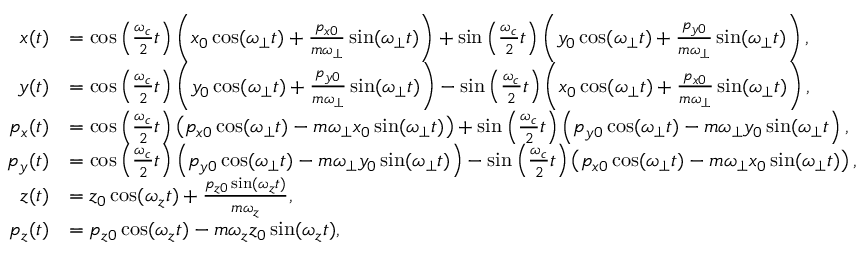
\begin{array} { r l } { x ( t ) } & { = \cos \left( \frac { \omega _ { c } } { 2 } t \right) \left( x _ { 0 } \cos ( \omega _ { \perp } t ) + \frac { p _ { x 0 } } { m \omega _ { \perp } } \sin ( \omega _ { \perp } t ) \right) + \sin \left( \frac { \omega _ { c } } { 2 } t \right) \left( y _ { 0 } \cos ( \omega _ { \perp } t ) + \frac { p _ { y 0 } } { m \omega _ { \perp } } \sin ( \omega _ { \perp } t ) \right) , } \\ { y ( t ) } & { = \cos \left( \frac { \omega _ { c } } { 2 } t \right) \left( y _ { 0 } \cos ( \omega _ { \perp } t ) + \frac { p _ { y 0 } } { m \omega _ { \perp } } \sin ( \omega _ { \perp } t ) \right) - \sin \left( \frac { \omega _ { c } } { 2 } t \right) \left( x _ { 0 } \cos ( \omega _ { \perp } t ) + \frac { p _ { x 0 } } { m \omega _ { \perp } } \sin ( \omega _ { \perp } t ) \right) , } \\ { p _ { x } ( t ) } & { = \cos \left( \frac { \omega _ { c } } { 2 } t \right) \left( p _ { x 0 } \cos ( \omega _ { \perp } t ) - m \omega _ { \perp } x _ { 0 } \sin ( \omega _ { \perp } t ) \right) + \sin \left( \frac { \omega _ { c } } { 2 } t \right) \left( p _ { y 0 } \cos ( \omega _ { \perp } t ) - m \omega _ { \perp } y _ { 0 } \sin ( \omega _ { \perp } t \right) , } \\ { p _ { y } ( t ) } & { = \cos \left( \frac { \omega _ { c } } { 2 } t \right) \left( p _ { y 0 } \cos ( \omega _ { \perp } t ) - m \omega _ { \perp } y _ { 0 } \sin ( \omega _ { \perp } t ) \right) - \sin \left( \frac { \omega _ { c } } { 2 } t \right) \left( p _ { x 0 } \cos ( \omega _ { \perp } t ) - m \omega _ { \perp } x _ { 0 } \sin ( \omega _ { \perp } t ) \right) , } \\ { z ( t ) } & { = z _ { 0 } \cos ( \omega _ { z } t ) + \frac { p _ { z 0 } \sin ( \omega _ { z } t ) } { m \omega _ { z } } , } \\ { p _ { z } ( t ) } & { = p _ { z 0 } \cos ( \omega _ { z } t ) - m \omega _ { z } z _ { 0 } \sin ( \omega _ { z } t ) , } \end{array}